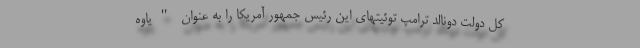
کل دولت دونالد ترامپ توئیتهای این رئیس جمهور آمریکا را به عنوان "یاوه